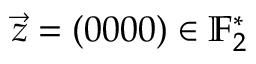
\vec { z } = ( 0 0 0 0 ) \in \mathbb { F } _ { 2 } ^ { * }